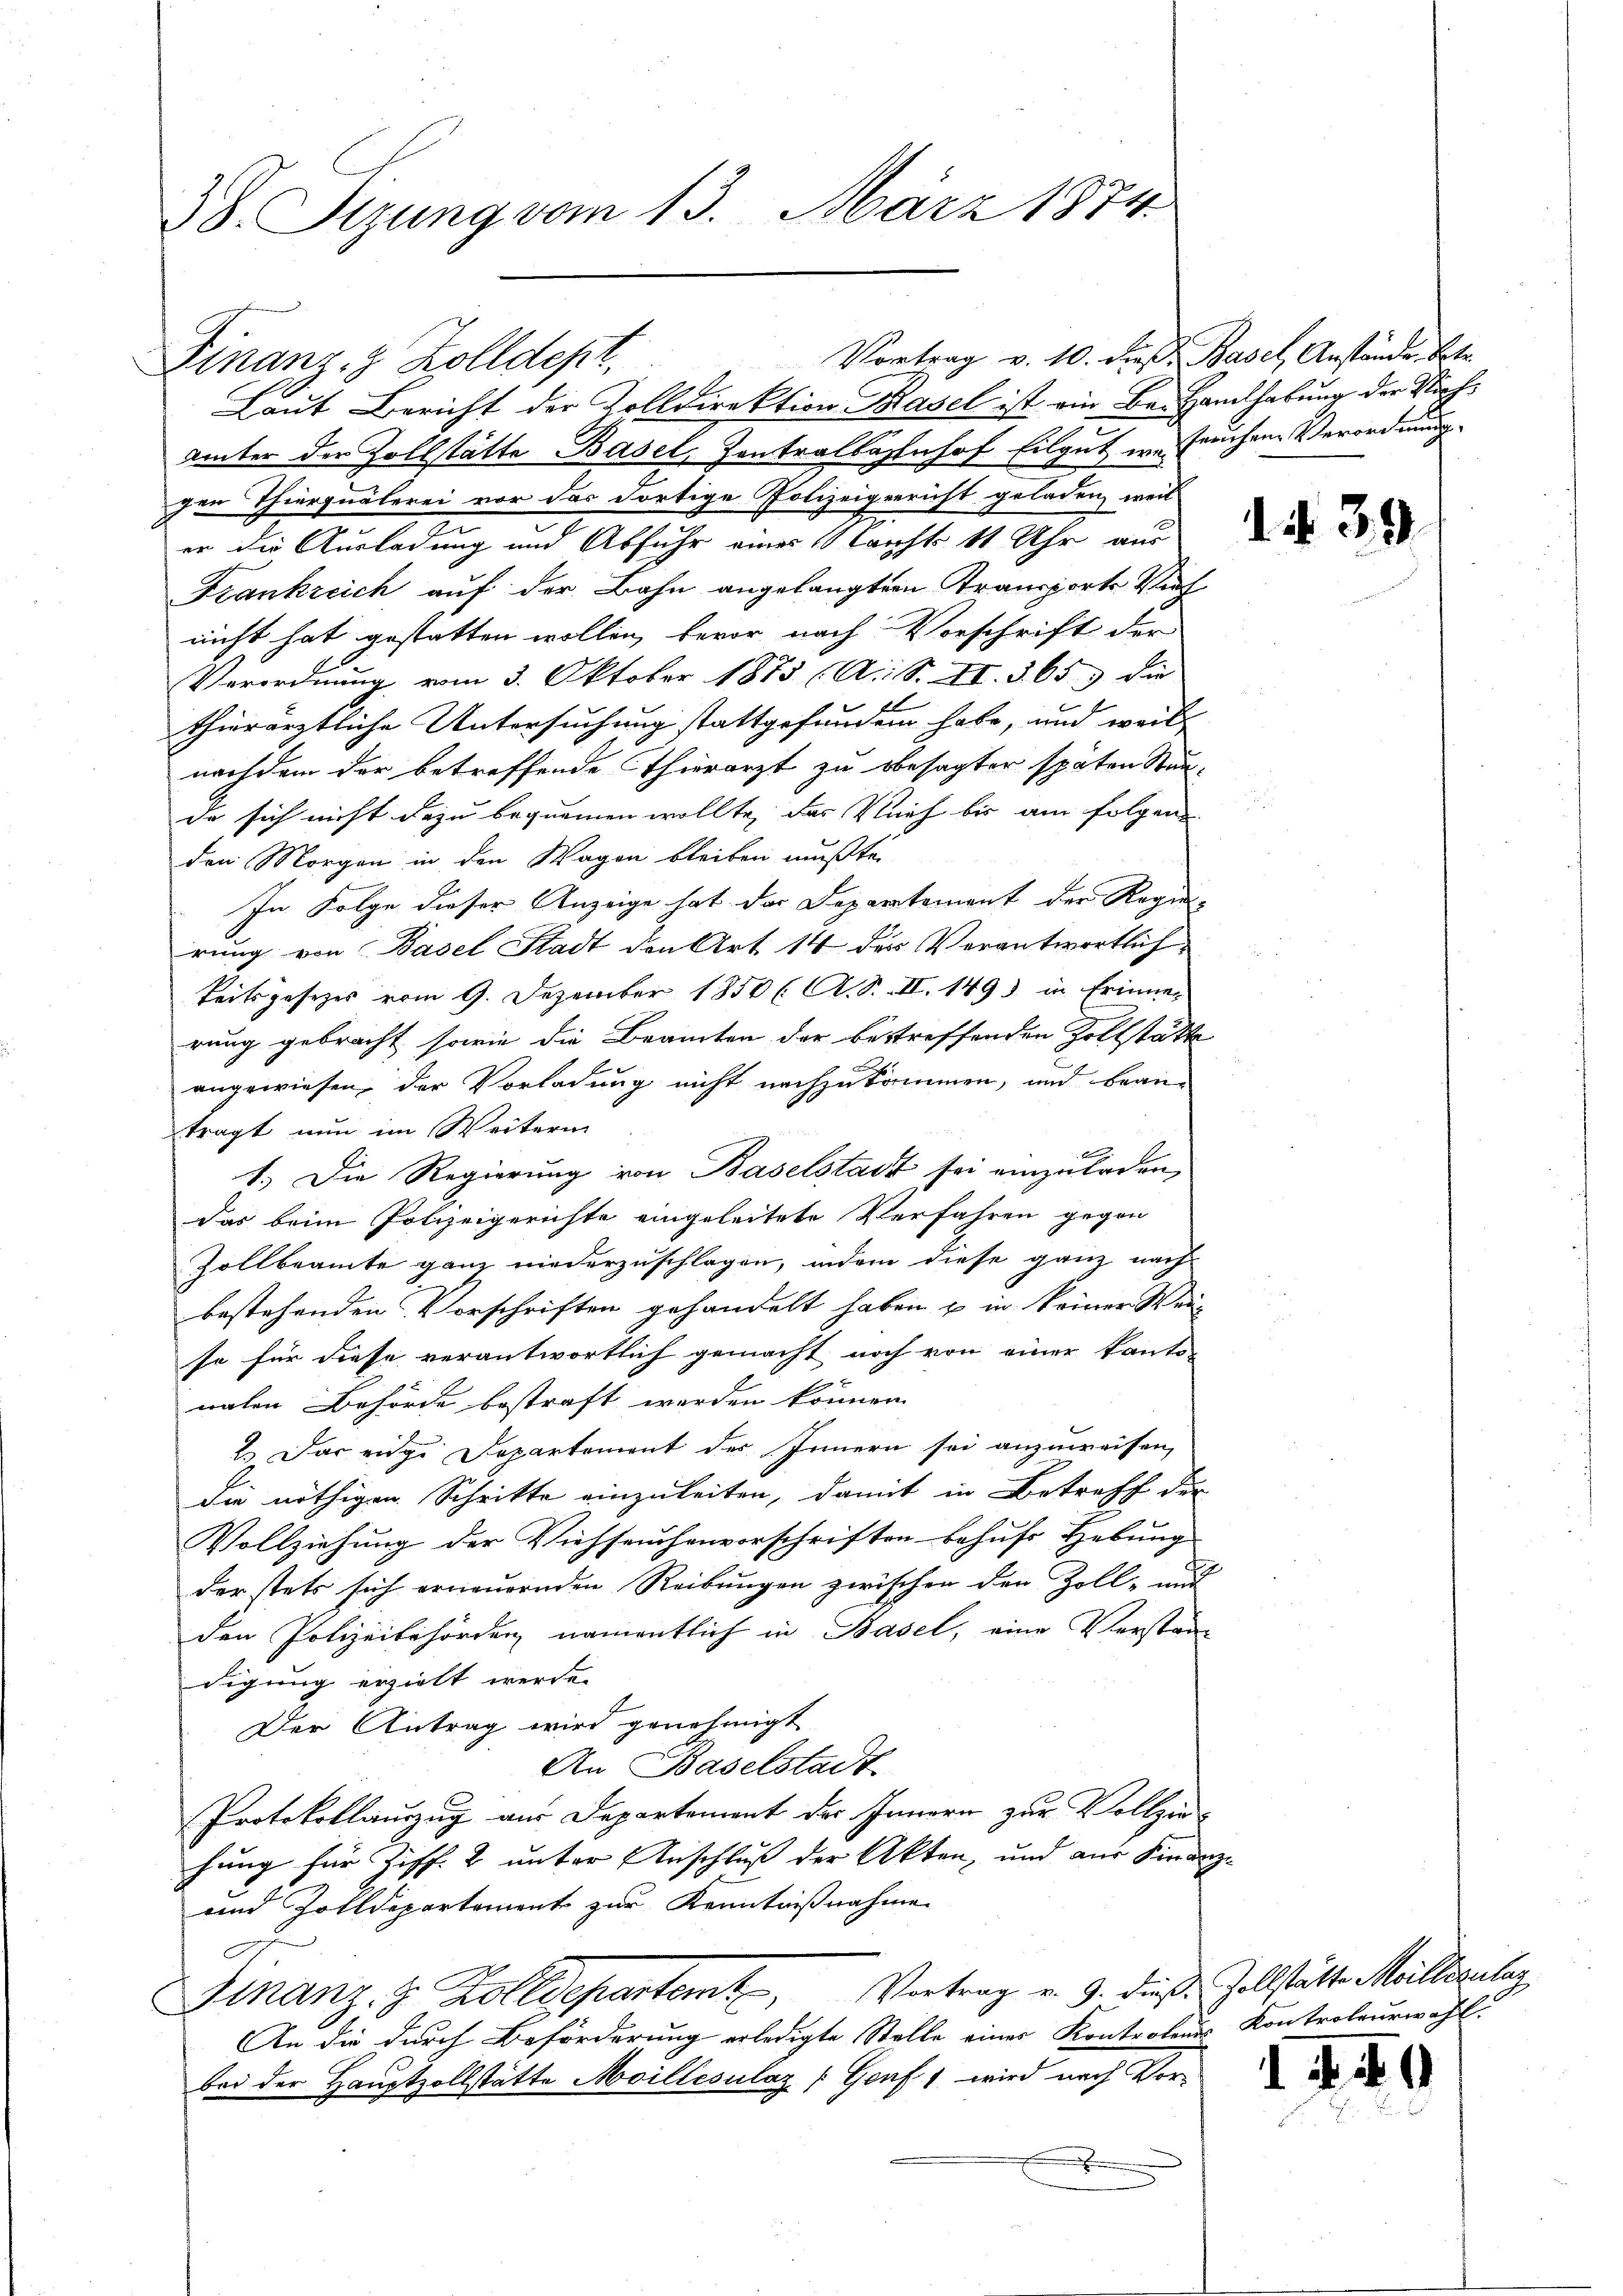
38. Sizung vom 13. März 1874.

Vortrag v. 10. d. Basel, Anstände. Betr.
Finanz- 8 Zolldept.
Laut Bericht der Zolldirektion Basel ist ein Be- Handhabung der Richunter der Zollstätte Basel, Pontralbahnhof Eilgut wer fruchen Verordnung
gen Thierquälerei vor der dortige Polizeigenricht geladen, weil
er die Ausladung und Abfuhr einer Nacht 11 Uhr aus
Frankreich auf der Bahn angelangten Transporte Vieh
nicht hat gestatten wollen, bevor nach Vorschrift der
Verordnung vom 3. Oktober 1873 (A. S. II. 365) die
thierärztliche Untersuchung stattgefunden habe, und weil
nachdem der betreffende Thierarzt zu besagter späten Stunda sich nicht dazu bequemen wollte, das Reich bis am folgen
den Morgen in den Wagen bleiben mußte.
In Folge dieser Anzeige hat das Departement der Regie-
rung von Basel Stadt den Art 14 der Verantwortlich
keitsgesezes vom 9. Dezember 1850 l. A. S. II. 149) in Erinnerung gebracht, sowie die Beamten der bestreffenden Zollstätte
angewiesen, der Vorladung nicht nachzukommen, und bean-
tragt nun im Weiterin
x
1.) Die Regierung von Baselstadt sei einzuladen,
das beim Polizeigerichte eingeleitete Verfahren gegen
Zollbeamte ganz niederzuschlagen, indem diese ganz nach-
bestehenden Vorschriften gehandelt haben u. in keiner Wei-
se für diese verantwortlich gemacht noch von einer kanto-
nalen Behörde bestraft werden können.
2.) Das eige Departement des Innern sei anzuweisen,
die nöthigen Schritte einzuleiten, damit in Betreff der
Vollziehung der Viehseuchenvorschriften behufe Hebung
der stets sich erneuernden Reibungen zwischen den Zoll- und
den Polizeibehörden namentlich in Basel, eine Verstandigung erzielt werde.
Der Antrag wird genehmigt
An Baselstadt
Protokollauszug aus Departement des Innern zur Vollziehung für Ziff. 2 unter Anschluß der Akten, und aus Finanz-
und Zolldepartement zur Kenntnißnahme
Schanz. Z. Zolldepartemt, Vortrag v. 9. dieß. Zollstätte Meillezulag
An die durch Beförderung erledigte Stelle eines Kontroleurs Kontroleurwahl.
bei der Hauptzollstätte Moillesilaz (Genf 1 wird nach Vor-

A.